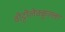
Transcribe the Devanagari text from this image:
वीट्टीलेक्कुल्ला